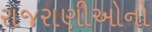
રાજરાણીઓનો